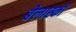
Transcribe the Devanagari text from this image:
बेलास्को